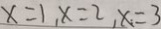
x = 1 , x = 2 , x = 3